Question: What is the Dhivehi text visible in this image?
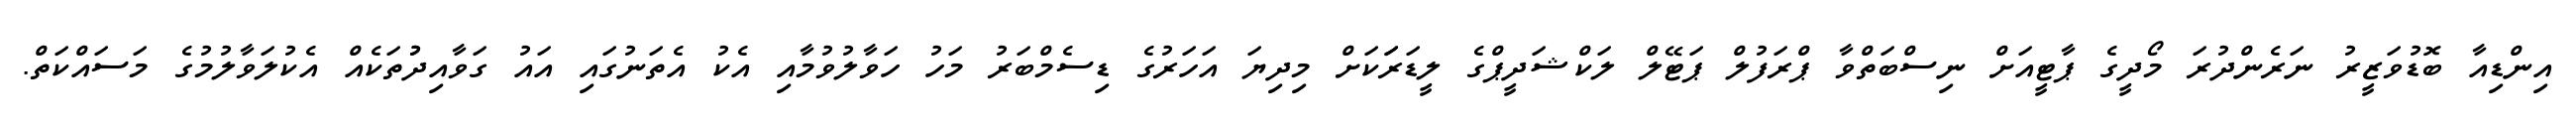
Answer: އިންޑިއާ ބޮޑުވަޒީރު ނަރެންދުރަ މޯދީގެ ޕާޓީއަށް ނިސްބަތްވާ ޕްރަފުލް ޕަޓޭލް ލަކްޝަދީޕްގެ ލީޑަރަަކަށް މިދިޔަ އަހަރުގެ ޑިސެމްބަރު މަހު ހަވާލުވުމާއި އެކު އެތަނުގައި އައު ގަވާއިދުުތަކެއް އެކުލަވާލުމުގެ މަސައްކަތް.